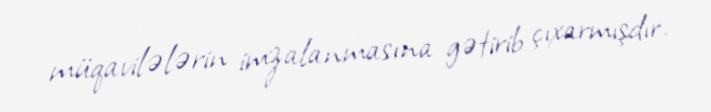
müqavilələrin imzalanmasına gətirib çıxarmışdır.